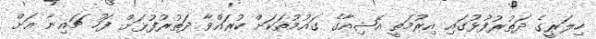
ހިލަރީގެ ދަތުރުފުޅުގައި އިރުމަތީ އޭޝިއާގެ ގައުމުތަކަށް ކުރައްވާ ދަތުރުފުޅަށް ފަހު ޗައިނާ އަށް